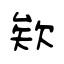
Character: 欸